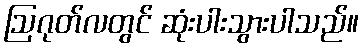
ဩဂုတ်လတွင် ဆုံးပါးသွားပါသည်။